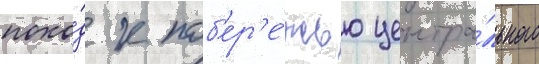
похо́д к поб'ер'е́жью центра́льного